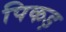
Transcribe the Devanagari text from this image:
पिकड़